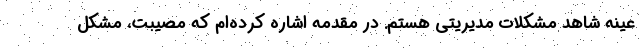
عینه شاهد مشکلات مدیریتی هستم. در مقدمه اشاره کرده‌ام که مصیبت، مشکل